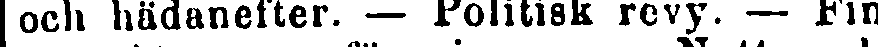
och hädanefter. — Politisk revy. — Fin